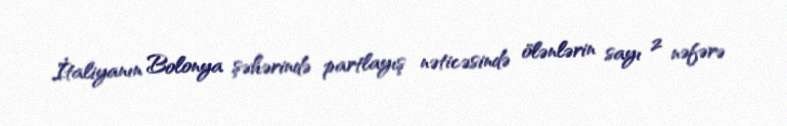
İtaliyanın Bolonya şəhərində partlayış nəticəsində ölənlərin sayı 2 nəfərə